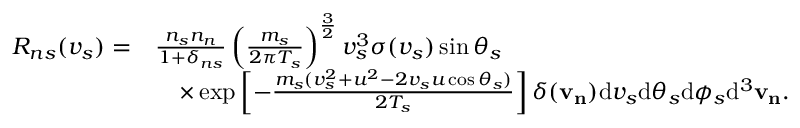
\begin{array} { r l } { R _ { n s } ( v _ { s } ) = } & { \frac { n _ { s } n _ { n } } { 1 + \delta _ { n s } } \left( \frac { m _ { s } } { 2 \pi T _ { s } } \right) ^ { \frac { 3 } { 2 } } v _ { s } ^ { 3 } \sigma ( v _ { s } ) \sin \theta _ { s } } \\ & { \quad \times \exp \left[ - \frac { m _ { s } ( v _ { s } ^ { 2 } + u ^ { 2 } - 2 v _ { s } u \cos \theta _ { s } ) } { 2 T _ { s } } \right] \delta ( \mathbf { v _ { n } } ) \mathrm { d } v _ { s } \mathrm { d } \theta _ { s } \mathrm { d } \phi _ { s } \mathrm { d } ^ { 3 } \mathbf { v _ { n } } . } \end{array}